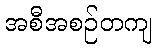
အစီအစဉ်တကျ